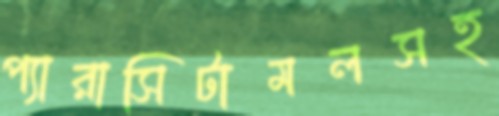
প্যারাসিটামলসহ